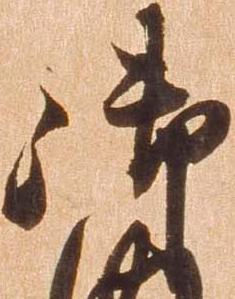
御